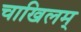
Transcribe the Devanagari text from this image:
चाखिलम्